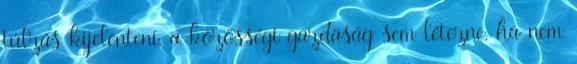
túlzás kijelenteni, a közösségi gazdaság sem létezne, ha nem